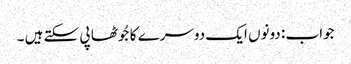
جواب : دونوں ایک دوسرے کا جُوٹھا پی سکتے ہیں ۔